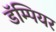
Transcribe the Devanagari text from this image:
डॅम्पियर